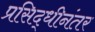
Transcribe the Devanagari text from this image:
प्रसिद्धीनंतर